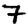
Digit: 7